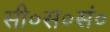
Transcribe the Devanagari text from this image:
सी०स०सं०